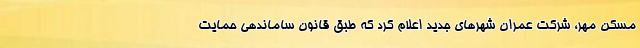
مسکن مهر، شرکت عمران شهرهای جدید اعلام کرد که طبق قانون ساماندهی حمایت